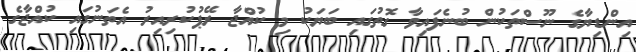
އިންޑިޔާގެ ނޫސްތަކުން ބުނެފައިވާ ގޮތުގައި ބަޔަކު މި ކުއްޖާ ރޭޕުކުރިއިރު އެތަނުގައި ކުއްޖާގެ